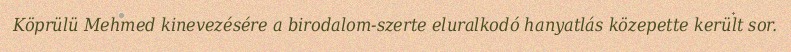
Köprülü Mehmed kinevezésére a birodalom-szerte eluralkodó hanyatlás közepette került sor.